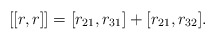
\begin{align*}[[r,r]]=[r_{21},r_{31}]+[r_{21},r_{32}].\end{align*}